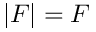
| F | = F